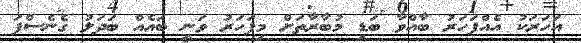
އަހަރަކު އެއްފަހަރު ބާއްވާ ބަޑި މުބާރާތަށް މިފަހަރު ވަނީ ބައެއް ބަދަލު ގެނެސްފަ